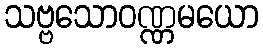
သဗ္ဗသောဝဏ္ဏမယော